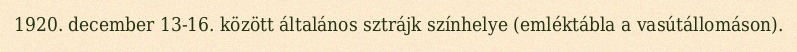
1920. december 13-16. között általános sztrájk színhelye (emléktábla a vasútállomáson).